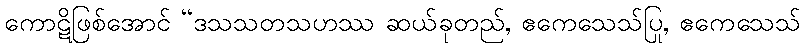
ကောဋိဖြစ်အောင် “ဒသသတသဟဿ ဆယ်ခုတည်, ဧကေသေသ်ပြု, ဧကေသေသ်